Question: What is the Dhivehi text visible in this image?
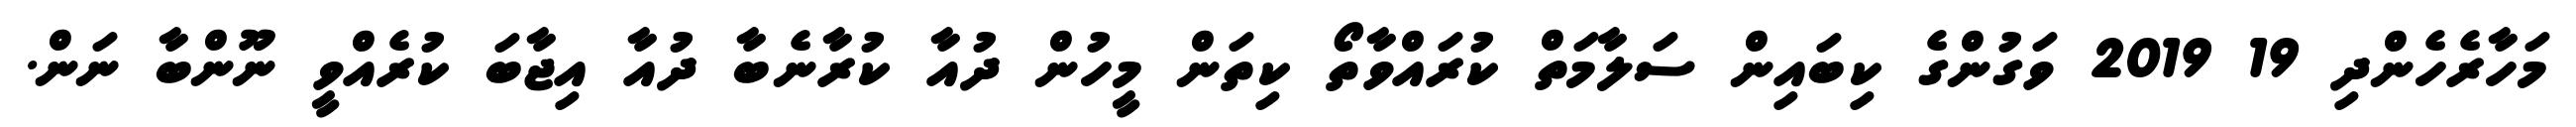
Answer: މަހާރެހެންދި 19 2019 ވަގުންގެ ކިބައިން ސަލާމަތް ކުރައްވާތޯ ކިތަން މީހުން ދުއާ ކުރާނެބާ ދުއާ އިޖާބަ ކުރެއްވީ ނޫންބާ ނަން.